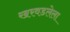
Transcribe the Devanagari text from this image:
खरवडलेला